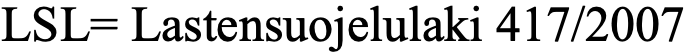
LSL= Lastensuojelulaki 417/2007